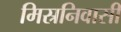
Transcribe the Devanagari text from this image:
मिस्रनिवासी